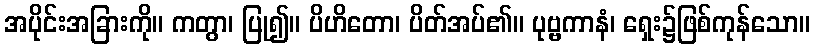
အပိုင်းအခြားကို။ ကတွာ၊ ပြု၍။ ပိဟိတော၊ ပိတ်အပ်၏။ ပုဗ္ဗကာနံ၊ ရှေး၌ဖြစ်ကုန်သော။